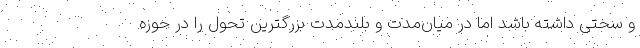
و سختی داشته باشد اما در میان‌مدت و بلندمدت بزرگترین تحول را در حوزه